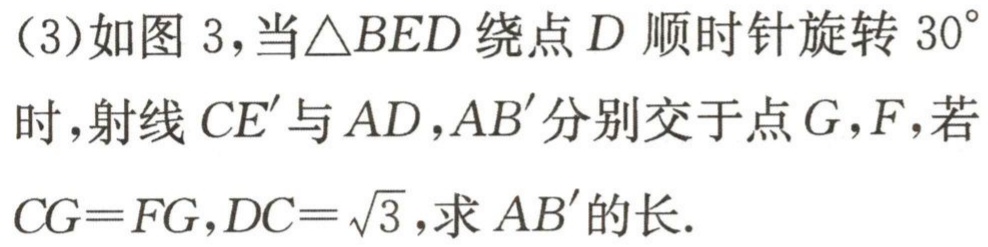
（3）如图 3，当\(\triangle BED\)绕点\(D\)顺时针旋转\(30^{\circ}\)时，射线\(CE'\)与\(AD,AB'\)分别交于点\(G,F\)，若\(CG = FG,DC=\sqrt{3}\)，求\(AB'\)的长.